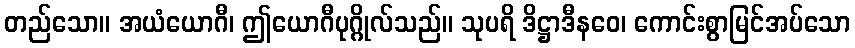
တည်သော။ အယံယောဂီ၊ ဤယောဂီပုဂ္ဂိုလ်သည်။ သုပရိ ဒိဋ္ဌာဒီနဝေ၊ ကောင်းစွာမြင်အပ်သော